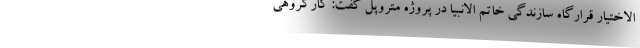
الاختیار قرارگاه سازندگی خاتم الانبیا در پروژه متروپل گفت: کارگروهی